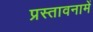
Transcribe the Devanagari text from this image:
प्रस्‍तावनामें